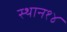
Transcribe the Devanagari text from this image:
स्थान१४